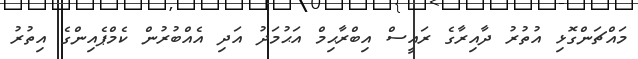
މައްޗަންގޮޅި އުތުރު ދާއިރާގެ ރައީސް އިބްރާޙިމް އަޙުމަދު އަދި އެއްބުރުން ކެމްޕެއިންގެ އިތުރު